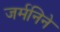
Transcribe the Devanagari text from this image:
जर्मनिने